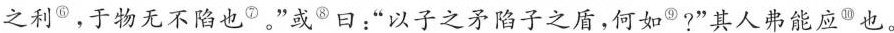
之利^{⑥}，于物无不陷也^{⑦}。”或^{⑧}曰：“以子之矛陷子之盾，何如^{⑨}?”其人弗能应^{⑩}也。